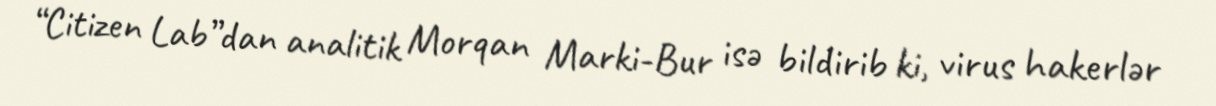
“Citizen Lab”dan analitik Morqan Marki-Bur isə bildirib ki, virus hakerlər